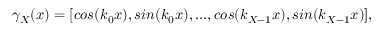
\gamma _ { X } ( x ) = [ c o s ( k _ { 0 } x ) , s i n ( k _ { 0 } x ) , . . . , c o s ( k _ { X - 1 } x ) , s i n ( k _ { X - 1 } x ) ] ,